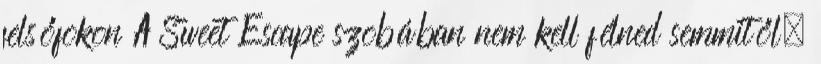
felsőfokon A Sweet Escape szobában nem kell félned semmitől,